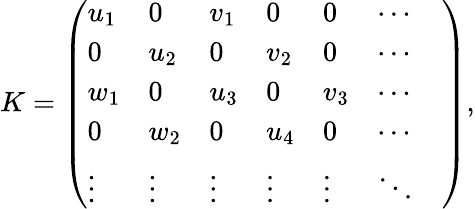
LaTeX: K=\left(\begin{array}{lllllll}{u_{1}}&{0}&{v_{1}}&{0}&{0}&{\cdots}&\\ {0}&{u_{2}}&{0}&{v_{2}}&{0}&{\cdots}&\\ {w_{1}}&{0}&{u_{3}}&{0}&{v_{3}}&{\cdots}&\\ {0}&{w_{2}}&{0}&{u_{4}}&{0}&{\cdots}&\\ {\vdots}&{\vdots}&{\vdots}&{\vdots}&{\vdots}&{\ddots}\end{array}\right),